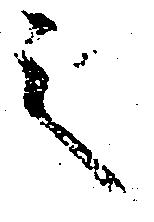
之